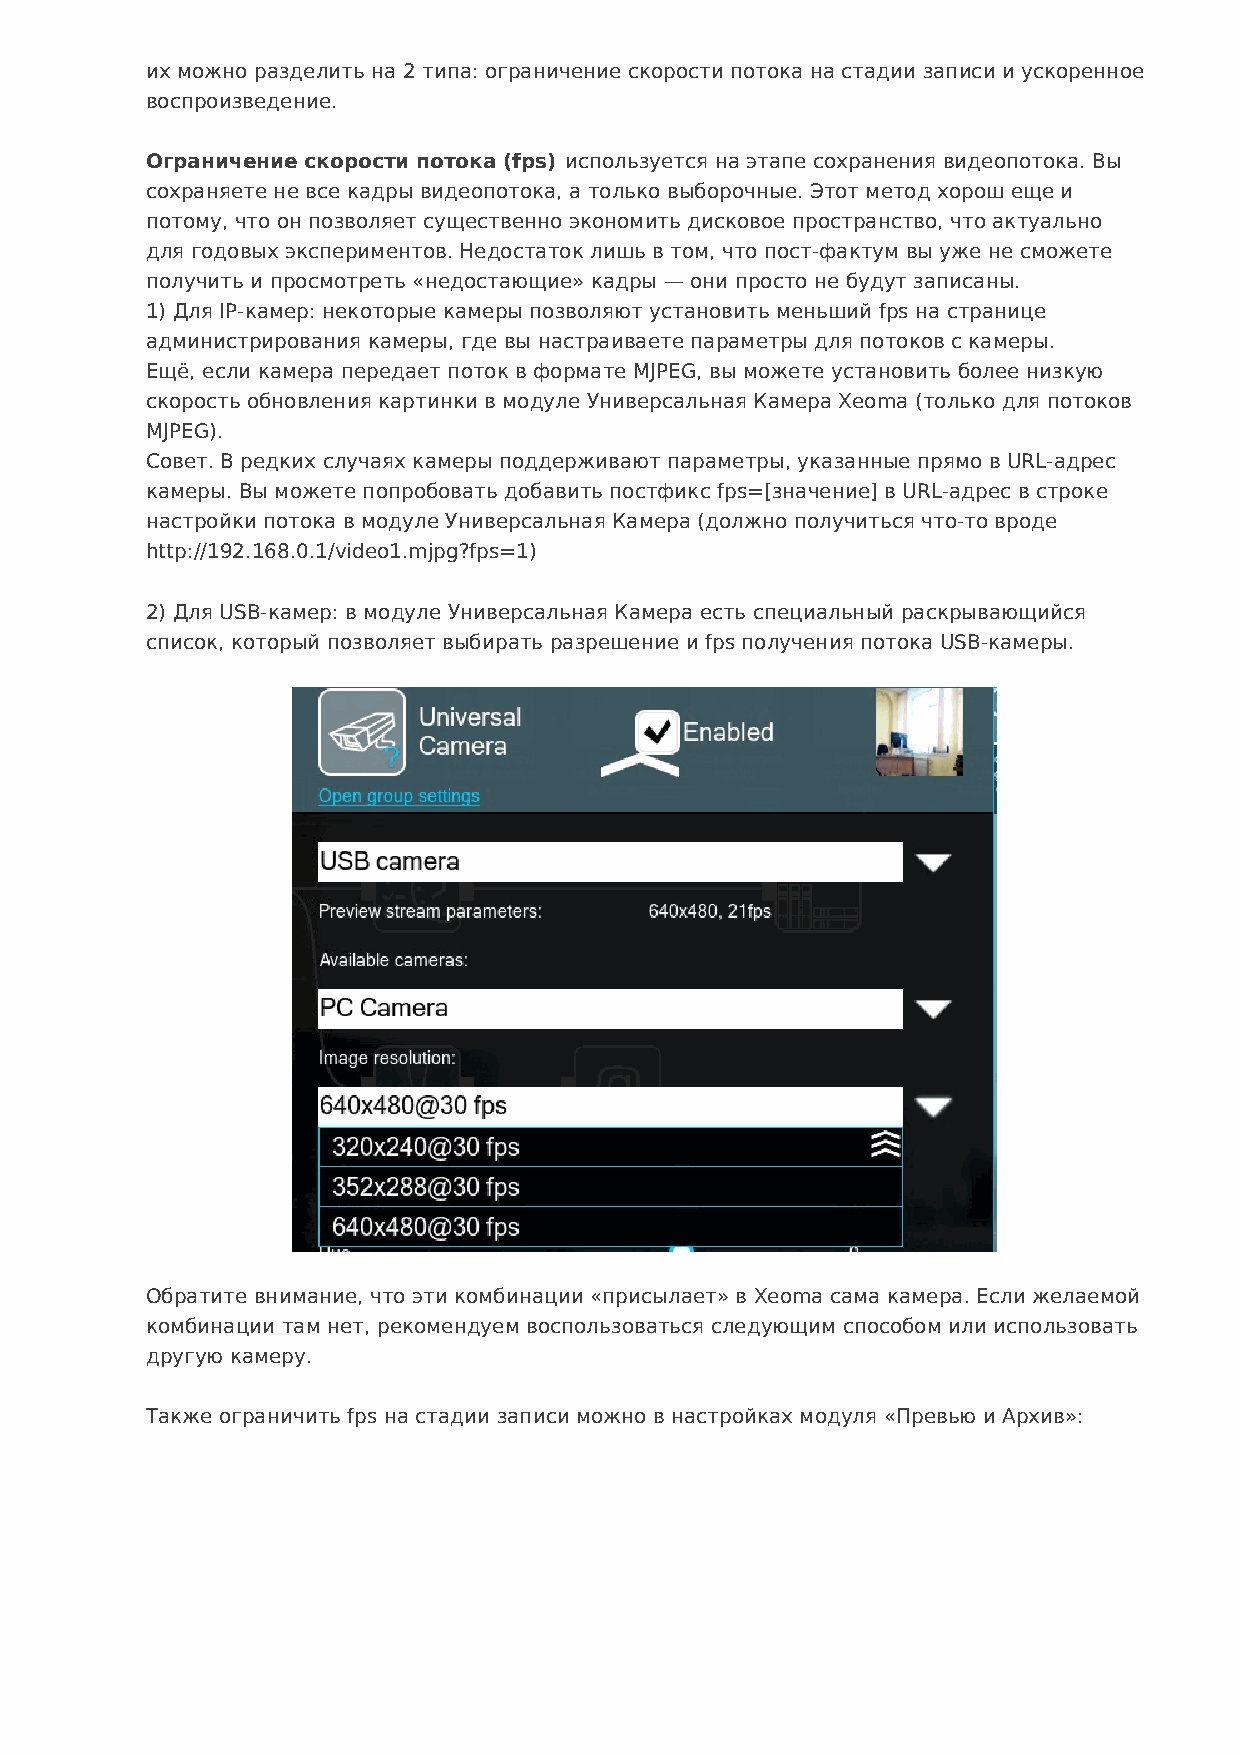
их можно разделить на 2 типа: ограничение скорости потока на стадии записи и ускоренное
 воспроизведение.
 Ограничение скорости потока (fps) используется на этапе сохранения видеопотока. Вы
 сохраняете не все кадры видеопотока, а только выборочные. Этот метод хорош еще и
 потому, что он позволяет существенно экономить дисковое пространство, что актуально
 для годовых экспериментов. Недостаток лишь в том, что пост-фактум вы уже не сможете
 получить и просмотреть «недостающие» кадры — они просто не будут записаны.
 1) Для IP-камер: некоторые камеры позволяют установить меньший fps на странице
 администрирования камеры, где вы настраиваете параметры для потоков с камеры.
 Ещё, если камера передает поток в формате MJPEG, вы можете установить более низкую
 скорость обновления картинки в модуле Универсальная Камера Xeoma (только для потоков
 MJPEG).
 Совет. В редких случаях камеры поддерживают параметры, указанные прямо в URL-адрес
 камеры. Вы можете попробовать добавить постфикс fps=[значение] в URL-адрес в строке
 настройки потока в модуле Универсальная Камера (должно получиться что-то вроде
 http://192.168.0.1/video1.mjpg?fps=1)
 2) Для USB-камер: в модуле Универсальная Камера есть специальный раскрывающийся
 список, который позволяет выбирать разрешение и fps получения потока USB-камеры.
 Обратите внимание, что эти комбинации «присылает» в Xeoma сама камера. Если желаемой
 комбинации там нет, рекомендуем воспользоваться следующим способом или использовать
 другую камеру.
 Также ограничить fps на стадии записи можно в настройках модуля «Превью и Архив»: